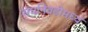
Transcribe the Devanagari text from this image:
संघनिवडीमध्ये